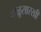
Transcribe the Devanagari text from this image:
वाळूसारखी